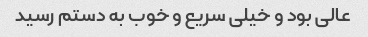
عالی بود و خیلی سریع و خوب به دستم رسید